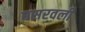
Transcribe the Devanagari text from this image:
घसरवली